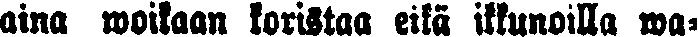
aina woikaan koristaa eikä ikkunoilla wa-